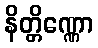
နိတ္တိဏ္ဏော